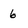
Character: 6